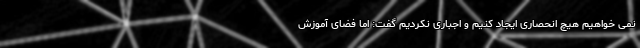
نمی خواهیم هیچ انحصاری ایجاد کنیم و اجباری نکردیم گفت: اما فضای آموزش